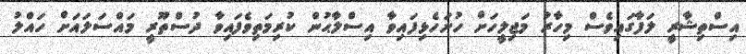
އިސްތިޝާރީ ލަފާގައިވެސް މިހާރު މަޖިލީހަށް ހުށަހެޅިފައިވާ އިސްލާޙުން ކުރިމަތިވެފައިވާ ދުސްތޫރީ މައްސަލައަށް ހައްލު